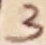
Text: 3